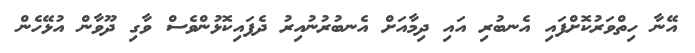
އޭނާ ހިތްވަރުކޮށްފައި އެނބުރި އައި ދިމާއަށް އެނބުރުނުއިރު ދެފައިކޮޅުންވެސް ވާގި ދޫވާން އުޅޭހެން